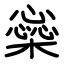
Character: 橤